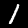
Label: 1